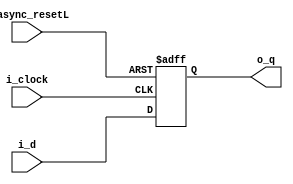
module flip_flop_async_reset #(
    parameter WIDTH=8
)(
    input                  i_clock,
    input                  i_async_resetL,
    input      [WIDTH-1:0] i_d,
    output reg [WIDTH-1:0] o_q
);
    always @(posedge i_clock or negedge i_async_resetL) begin
        if (~i_async_resetL) o_q <= 0;
        else o_q <= i_d;
    end
endmodule